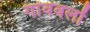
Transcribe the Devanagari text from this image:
गांववलों